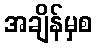
အချိန်မှစ